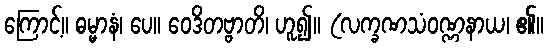
ကြောင့်။ ဓမ္မာနံ၊ ပေ။ ဝေဒိတဗ္ဗာတိ၊ ဟူ၍။ (လက္ခဏသံဝဏ္ဏနာယ၊ ၏။